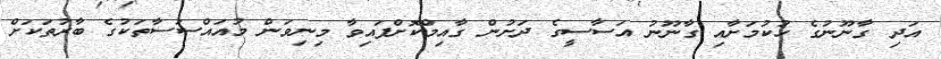
އަދި ގާނޫނުގެ ހުކުމަށާއި ގާނޫނު އަަސާސީގެ ދަށުން ގާއިމްކޮށްފައިވާ މިނިވަން މުއައްސަސާތަކުގެ ބާރުތަކަށް